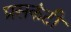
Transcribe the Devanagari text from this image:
प्रसकंटी